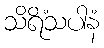
သိရိံသပါနံ